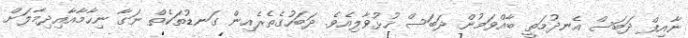
ނާއިފް ދަބަސް އެނދުމަތީ ބާއްވަމުން ދަބަސް ހުޅުވާލިއެވެ. ދަބަހުގެތެރެއިން ގަނޑުތަކެތް ނަގާ ނިހާމާއާއިދިމާލަށް